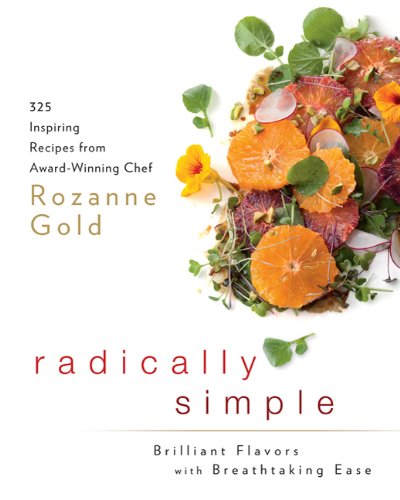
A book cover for Radically Simple: Brilliant Flavors with Breathtaking Ease: 325 Inspiring Recipes from Award-Winning Chef Rozanne Gold; Rozanne Gold; Cookbooks, Food & Wine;